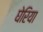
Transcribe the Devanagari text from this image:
घेरिया